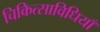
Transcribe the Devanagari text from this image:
चिकित्साविधियाँ